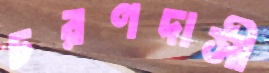
চরণদাসী